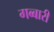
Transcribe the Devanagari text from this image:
गब्बारी